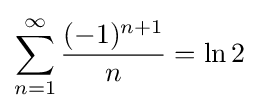
\sum _{n=1}^{\infty }{\frac {(-1)^{n+1}}{n}}=\ln 2